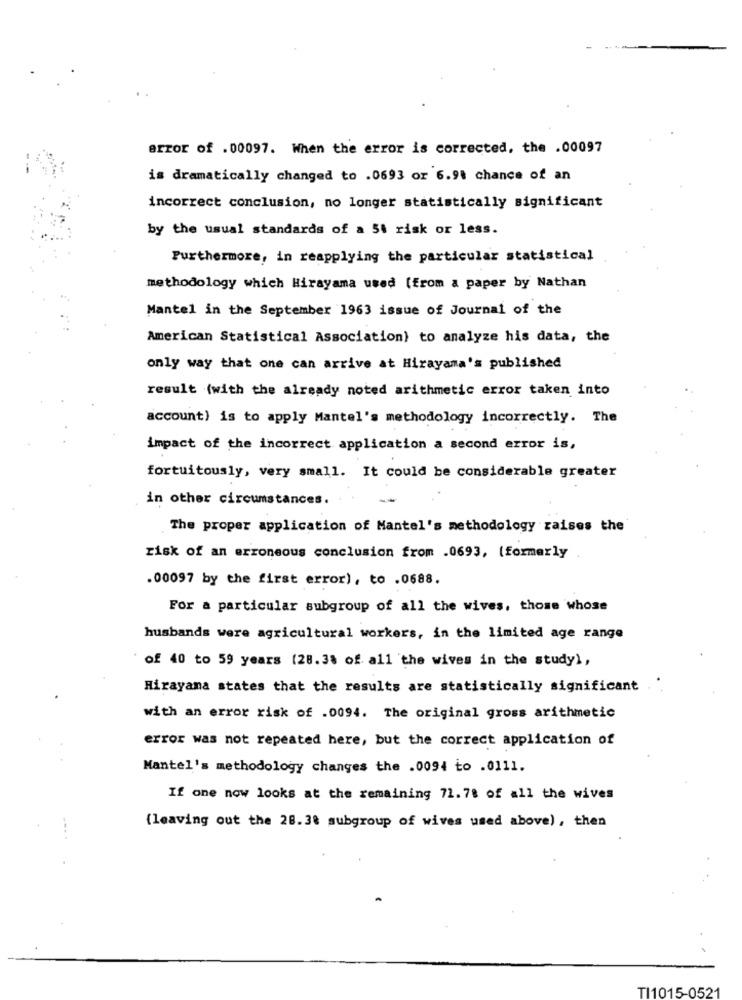
error of . 00097. When the error is corrected, the .00097
is dramatically changed to .0693 or 6.9% chance of an
incorrect conclusion, no longer statistically significant
by the usual standards of a 5% risk or less.
Furthermore, in reapplying the particular statistical
methodology which Hirayama used (from a paper by Nathan
Mantel in the September 1963 issue of Journal of the
American Statistical Association) to analyze his data, the
only way that one can arrive at Hirayama's published
result (with the already noted arithmetic error taken into
account) is to apply Mantel's methodology incorrectly. The
impact of the incorrect application a second error is,
fortuitously, very small. It could be considerable greater
in other circumstances.
The proper application of Mantel's methodology raises the
risk of an erroneous conclusion from .0693, (formerly
.00097 by the first error), to .0688.
For a particular subgroup of all the wives, those whose
husbands were agricultural workers, in the limited age range
of 40 to 59 years (28.38 of all the wives in the study),
Hirayana states that the results are statistically significant ..
with an error risk of .0094. The original gross arithmetic
error was not repeated here, but the correct application of
Mantel's methodology changes the .0094 to .0111.
If one now looks at the remaining 71.78 of all the wives
(leaving out the 28.38 subgroup of wives used above), then
TI1015-0521